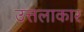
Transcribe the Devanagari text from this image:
उत्तलाकार